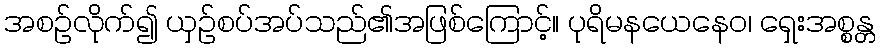
အစဉ်လိုက်၍ ယှဉ်စပ်အပ်သည်၏အဖြစ်ကြောင့်။ ပုရိမနယေနေဝ၊ ရှေးအစ္စန္တ